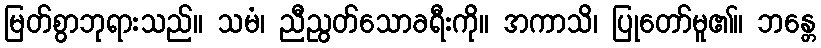
မြတ်စွာဘုရားသည်။ သမံ၊ ညီညွတ်သောခရီးကို။ အကာသိ၊ ပြုတော်မူ၏။ ဘန္တေ